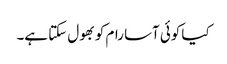
کیا کوئی آسا رام کو بھول سکتا ہے۔